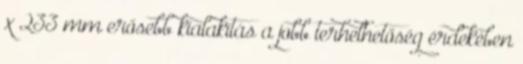
x 233 mm erősebb kialakítás a jobb terhelhetőség érdekében